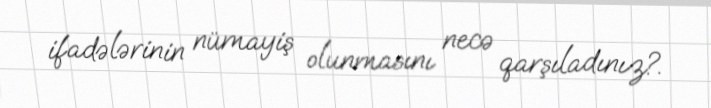
ifadələrinin nümayiş olunmasını necə qarşıladınız?.